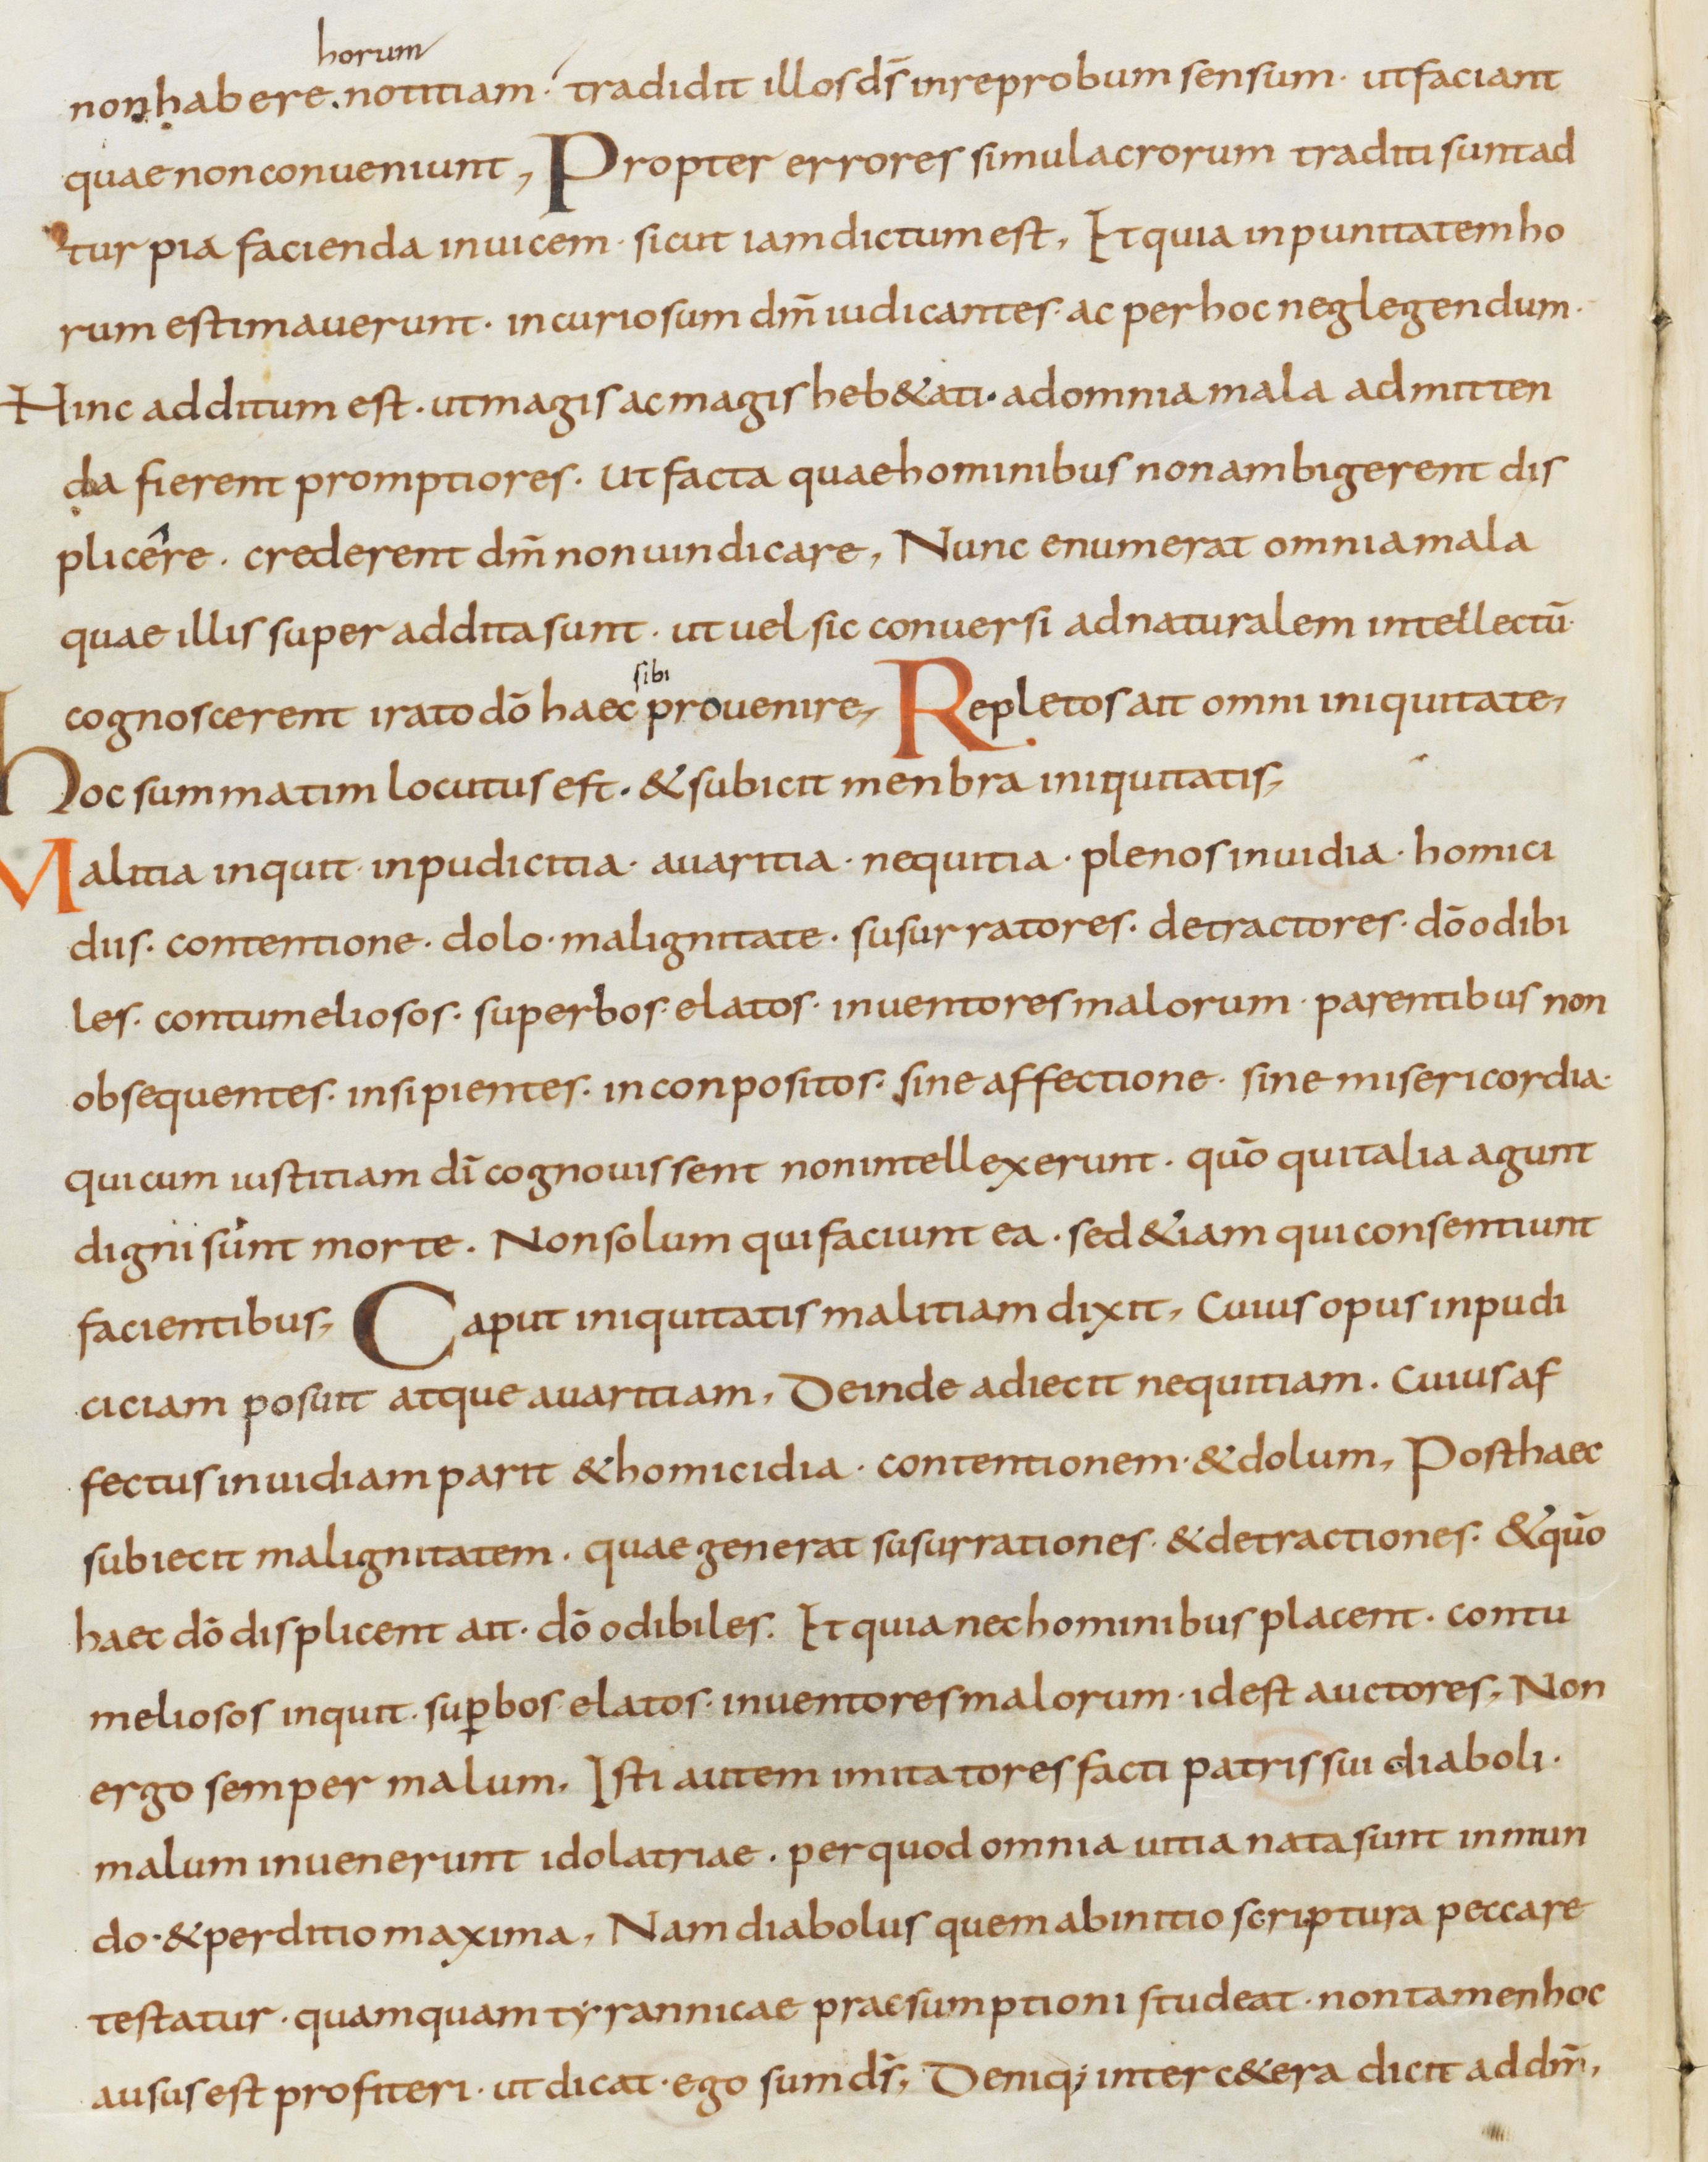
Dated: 800–899